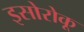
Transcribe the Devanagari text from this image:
इसोरोकू